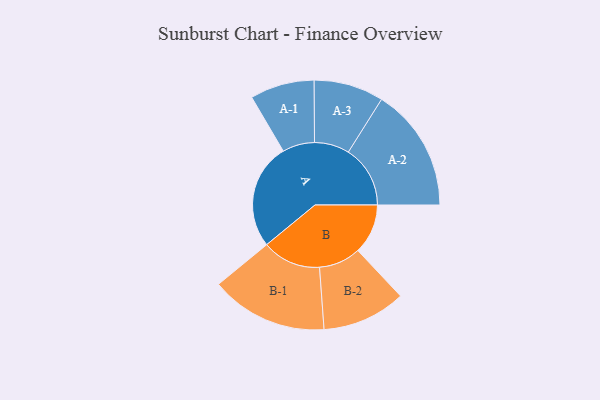
{"axis": {"x": "Segment", "y": "Value"}, "legend": ["", "A", "B"], "data": [{"x": "A", "y": 491, "type": ""}, {"x": "B", "y": 232, "type": ""}, {"x": "A-1", "y": 149, "type": "A"}, {"x": "A-2", "y": 287, "type": "A"}, {"x": "A-3", "y": 162, "type": "A"}, {"x": "B-1", "y": 272, "type": "B"}, {"x": "B-2", "y": 194, "type": "B"}]}